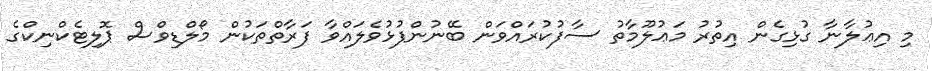
މި އިޢުލާނާ ގުޅިގެން އިތުރު މަޢުލޫމާތު ސާފުކުރައްވަން ބޭނުންފުޅުވެލައްވާ ފަރާތްތަކުން މޯލްޑިވްސް ޕޮލިޓެކްނިކްގެ